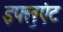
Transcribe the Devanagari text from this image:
इफ्लुएंट